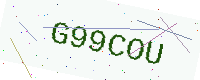
Text: G99COU